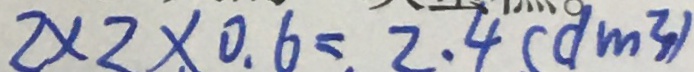
2 \times 2 \times 0 . 6 = 2 . 4 ( d m ^ { 3 } )